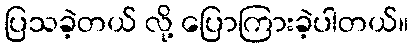
ပြသခဲ့တယ် လို့ ပြောကြားခဲ့ပါတယ်။